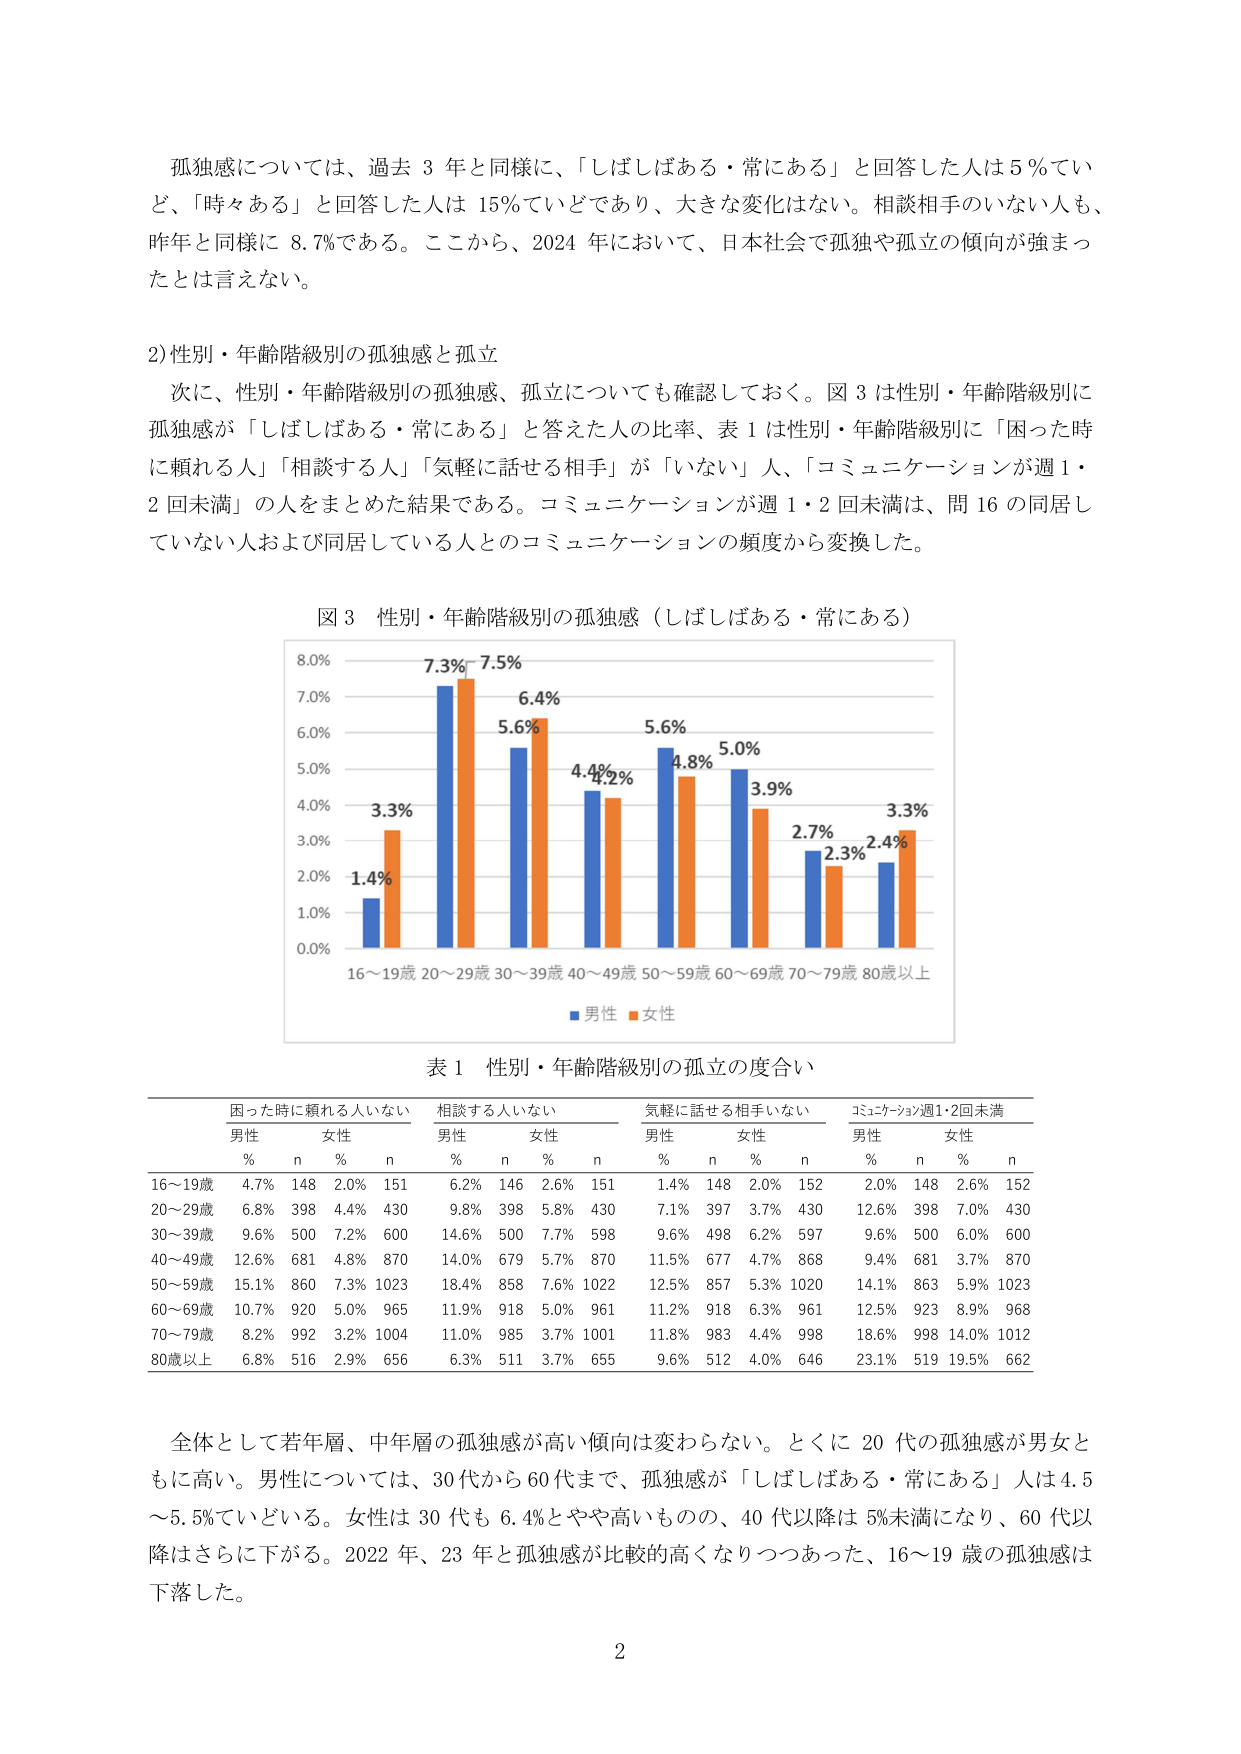
孤独感については、過去３年と同様に、「しばしばある・常にある」と回答した人は５％てい
ど、「時々ある」と回答した人は１５％ていどであり、大きな変化はない。相談相手のいない人も、
昨年と同様に８．７％である。ここから、２０２４年において、日本社会で孤独や孤立の傾向が強まっ
たとは言えない。

２）性別・年齢階級別の孤独感と孤立
次に、性別・年齢階級別の孤独感、孤立についても確認しておく。図３は性別・年齢階級別に
孤独感が「しばしばある・常にある」と答えた人の比率、表１は性別・年齢階級別に「困った時
に頼れる人」「相談する人」「気軽に話せる相手」が「いない」人、「コミュニケーションが週１・
２回未満」の人をまとめた結果である。コミュニケーションが週１・２回未満は、問１６の同居し
ていない人および同居している人とのコミュニケーションの頻度から変換した。

図３ 性別・年齢階級別の孤独感（しばしばある・常にある）
8.0%
7.0%
6.0%
5.0%
4.0%
3.0%
2.0%
1.0%
0.0%
16～19歳 20～29歳 30～39歳 40～49歳 50～59歳 60～69歳 70～79歳 80歳以上
■男性 ■女性
7.3% 7.5%
6.4%
5.6%
4.4% 4.2%
5.6%
4.8%
5.0%
3.9%
2.7%
2.3%
2.4%
3.3%
1.4%
3.3%

表１ 性別・年齢階級別の孤立の度合い
困った時に頼れる人がいない 相談する人がいない 気軽に話せる相手がいない コミュニケーション週１・２回未満
男性 女性 男性 女性 男性 女性 男性 女性
% n % n % n % n % n % n % n % n
16～19歳 4.7% 148 2.0% 151 6.2% 146 2.6% 151 1.4% 148 2.0% 152 2.0% 148 2.6% 152
20～29歳 6.8% 398 4.4% 430 9.8% 398 5.8% 430 7.1% 397 3.7% 430 12.6% 398 7.0% 430
30～39歳 9.6% 500 7.2% 600 14.6% 500 7.7% 598 9.6% 498 6.2% 597 9.6% 500 6.0% 600
40～49歳 12.6% 681 4.8% 870 14.0% 679 5.7% 870 11.5% 677 4.7% 868 9.4% 681 3.7% 870
50～59歳 15.1% 860 7.3% 1023 18.4% 858 7.6% 1022 12.5% 857 5.3% 1020 14.1% 863 5.9% 1023
60～69歳 10.7% 920 5.0% 965 11.9% 918 5.0% 961 11.2% 918 6.3% 961 12.5% 923 8.9% 968
70～79歳 8.2% 992 3.2% 1004 11.0% 985 3.7% 1001 11.8% 983 4.4% 998 18.6% 998 14.0% 1012
80歳以上 6.8% 516 2.9% 656 6.3% 511 3.7% 655 9.6% 512 4.0% 646 23.1% 519 19.5% 662

全体として若年層、中年層の孤独感が高い傾向は変わらない。とくに２０代の孤独感が男女と
もに高い。男性については、３０代から６０代まで、孤独感が「しばしばある・常にある」人は４．５
～５．５％ていどいる。女性は３０代も６．４％とやや高いものの、４０代以降は５％未満になり、６０代以
降はさらに下がる。２０２２年、２３年と孤独感が比較的高くなりつつあった、１６～１９歳の孤独感は
下落した。

2